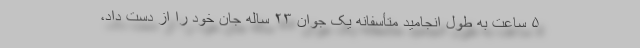
۵ ساعت به طول انجامید متأسفانه یک جوان ۲۳ ساله جان خود را از دست داد،